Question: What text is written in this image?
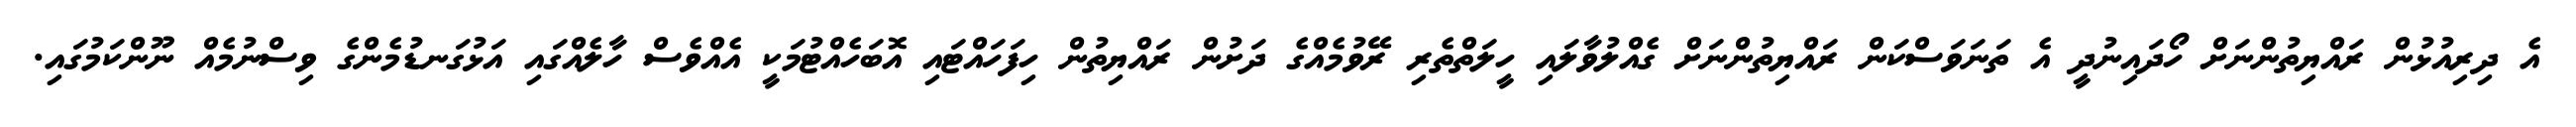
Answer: އެ ދިރިއުޅުން ރައްޔިތުންނަށް ހޯދައިނުދީ އެ ތަނަވަސްކަން ރައްޔިތުންނަށް ގެއްލުވާލައި ހީލަތްތެރި ރޭވުމެއްގެ ދަށުން ރައްޔިތުން ހިފަހައްޓައި އޮބަހެއްޓުމަކީ އެއްވެސް ހާލެއްގައި އަޅުގަނޑުމެންގެ ވިސްނުމެއް ނޫންކަމުގައި.